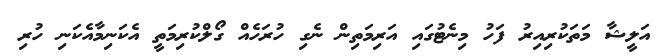
އަލީޝާ މަތަކުރިއިރު ފަހު މިނެޓުގައި އަރިމަތިން ނެގި ހުރަހެއް ގޯލްކުރިމަތީ އެކަނިމާއެކަނި ހުރި